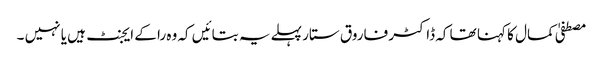
مصطفیٰ کمال کا کہنا تھا کہ ڈاکٹر فاروق ستار پہلے یہ بتائیں کہ وہ را کے ایجنٹ ہیں یا نہیں ۔